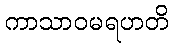
ကာသာဝမရဟတိ